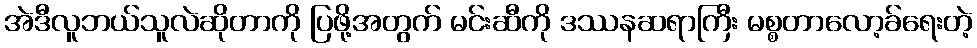
အဲဒီလူဘယ်သူလဲဆိုတာကို ပြဖို့အတွက် မင်းဆီကို ဒဿနဆရာကြီး မစ္စတာလော့ခ်ရေးတဲ့